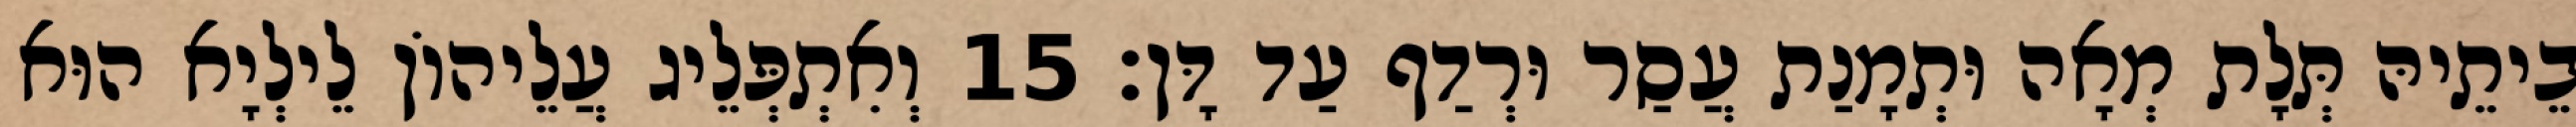
בֵיתֵיהּ תְּלָת מְאָה וּתְמָנַת עֲסַר וּרְדַף עַד דָּן׃ 15 וְאִתְפְּלֵיג עֲלֵיהוֹן לֵילְיָא הוּא